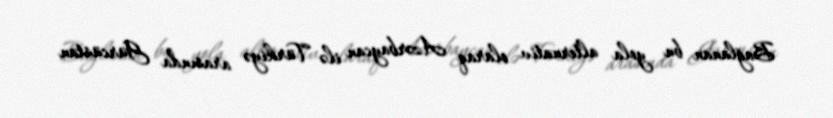
Bağlanan bu yola alternativ olaraq Azərbaycan ilə Türkiyə arasında Gürcüstan